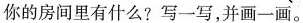
你的房间里有什么?写一写,并画一画。